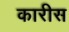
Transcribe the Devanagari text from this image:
कारीस